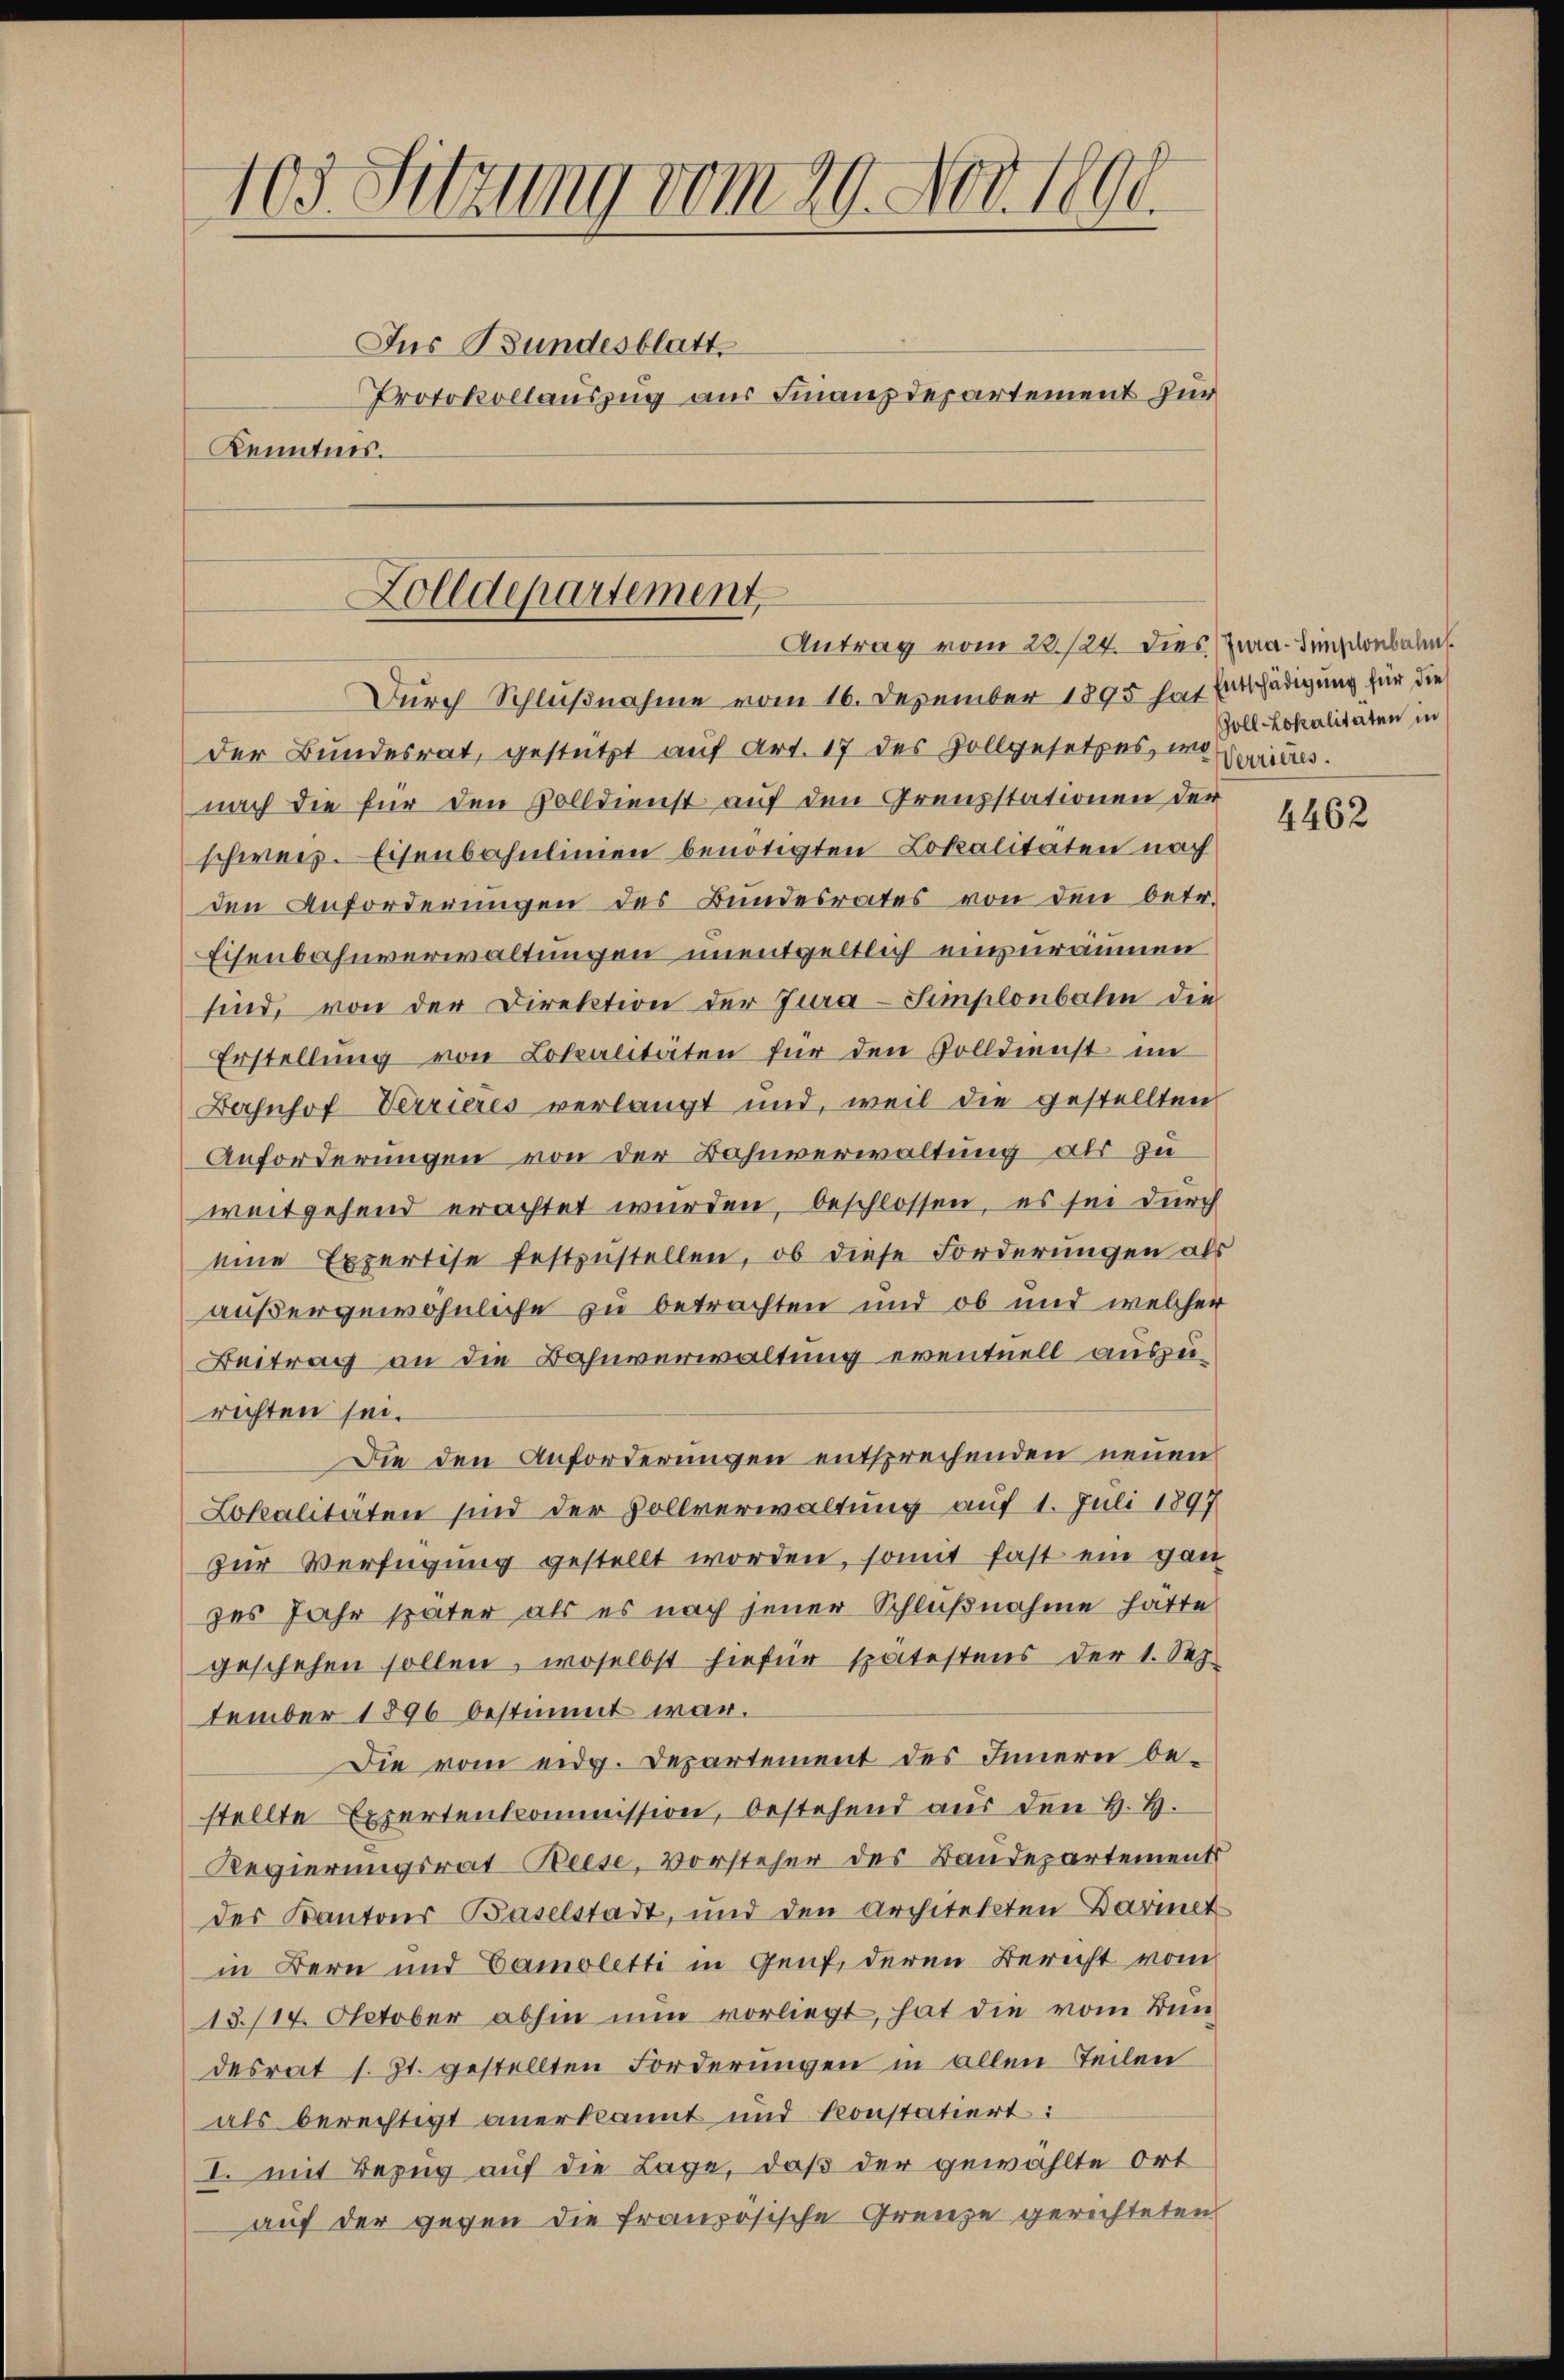
103. Sitzung vom 29. Nov. 1890.
Ius Bundesblatt
Protokollauszug aus Finanzdepartement zur
Kenntnis.

Zolldepartement
Antrag vom 22./24. dies Zwa-Simsonbal

Durch Schlußnahme vom 16. Dezember 1895 hat Entschädigung für die
der Bundesrat, gestützt auf Art. 17 des Zollgesetzes, in Lauitres.
nach die für den Volldienst auf den Grenzstationen der
schweiz. Eisenbahnlinien benötigten Lokalitäten nach
den Anforderungen des Bundesrates von den betr.
Eisenbahnverwaltungen unentgeltlich einzuräumen
sind, von der Direktion der Jura-Simplonbolen die
Erstellŭng von Lokalitäten für den Zolldienst im
Derjusof Verrieres verlangt und, weil die gestellten
Anforderungen von der Bahnverwaltung als zu
weitgehend erachtet wurden, beschlossen, es sei durch
eine Expertise festzustellen, ob diese Forderungen als
außergewöhnliche zu betrachten und ob und welcher
Beitrag an die Bahnverwaltung eventuell auszurichten sei.
Die den Anforderungen entsprechenden neuen
Lokalitäten sind der Vollverwaltung auf 1. Juli 1897
zur Verfügung gestellt worden, somit fast ein gan
zes Jahr später als es nach jener Schlußnahme hätte
geschehen sollen, woselbst hiefür spätestens der 1. Sep
tember 1896 bestimmt war.
Die vom eidg. Departement des Innern bestellte Expertenkommission, bestehend aus den H. H.
Regierungsrat-Beese, Vorsteher des Baudepartement
des Kantons Baselstadt, und den Architekten Barmet
in Bern und Camoletti in Genf, deren Bericht vom
13./14. Oktober abhin nun vorliegt, hat die vom Bundesrat s. Zt. gestellten Forderungen in allen Teilen
als berechtigt anerkannt und konstatiert:
I. mit Bezug auf die Lage, daß der gewählte Ort
auf der gegen die französische Grenze gerichteten

Goll-Lokalitäten in

4462